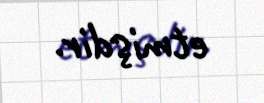
etmişdir.